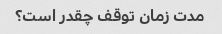
مدت زمان توقف چقدر است؟